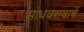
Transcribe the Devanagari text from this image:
माधवरावाचें